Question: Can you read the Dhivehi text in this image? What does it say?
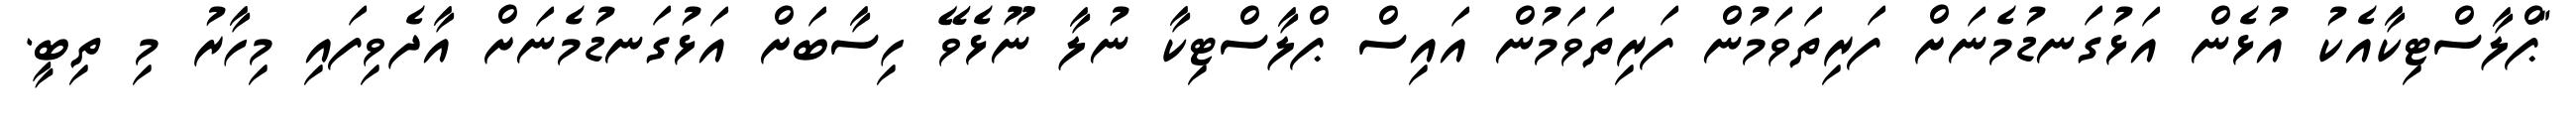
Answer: "ޕްލާސްޓިކާއެކު އުޅެން އަޅުގަނޑުމެނަށް ފަރިތަވަމުން ފަރިތަވަމުން އައިސް ޕްލާސްޓިކާ ނުލާ ނޫޅެވޭ ހިސާބަށް އަޅުގަނޑުމެނަށް އާދެވިފައި މިހާރު މި ތިބީ.